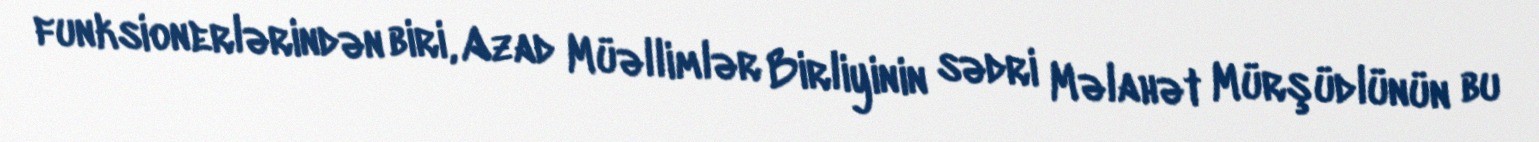
funksionerlərindən biri, Azad Müəllimlər Birliyinin sədri Məlahət Mürşüdlünün bu